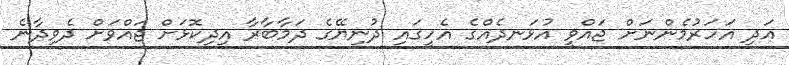
އަދި އަހަރުމެންނަށް ޖައްވީ އުޅަނދެއްގެ އެހީގައި ދުނިޔޭގެ ދަމާބާރާ އިދިކޮޅަށް ޖައްވަށް ދެވިދާނެ